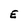
Character: E